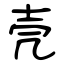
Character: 壳